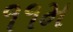
૧૧મ